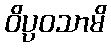
ဝိပ္ပဝသာမိ